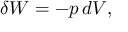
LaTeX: \delta W = - p \, d V ,